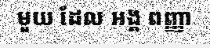
មួយ ដែល អង្គ ពញ្ញា